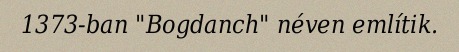
1373-ban "Bogdanch" néven említik.